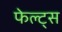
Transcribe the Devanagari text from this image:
फेल्ट्स